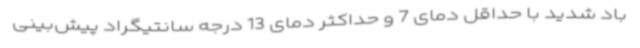
باد شدید با حداقل دمای 7 و حداکثر دمای 13 درجه سانتیگراد پیش‌بینی